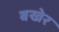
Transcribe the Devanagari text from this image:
बखेर